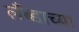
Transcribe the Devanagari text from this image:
लँब्डाच्या